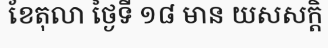
ខែតុលា ថ្ងៃទី ១៨ មាន យសសក្តិ